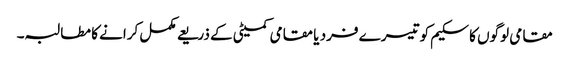
مقامی لوگوں کا سکیم کو تیسرے فرد یا مقامی کمیٹی کے ذریعے مکمل کرانے کا مطالبہ۔